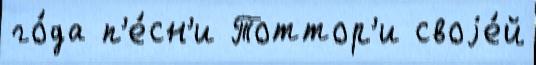
го́да п'е́сн'и Тоттор'и своjе́й